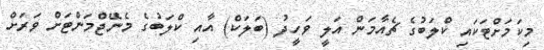
މިކަމަށްޓަކައި ކްލަބުގެ ޗެއާމަން އަލީ ވަހީދު (ބަލަކް) އާއި ކްލަބުގެ މެނޭޖްމަންޓަށް ވަރަށް